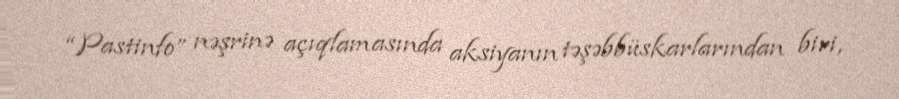
“Pastinfo” nəşrinə açıqlamasında aksiyanın təşəbbüskarlarından biri,